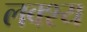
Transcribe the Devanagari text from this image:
लक्श्य